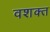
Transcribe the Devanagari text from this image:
वशक्त